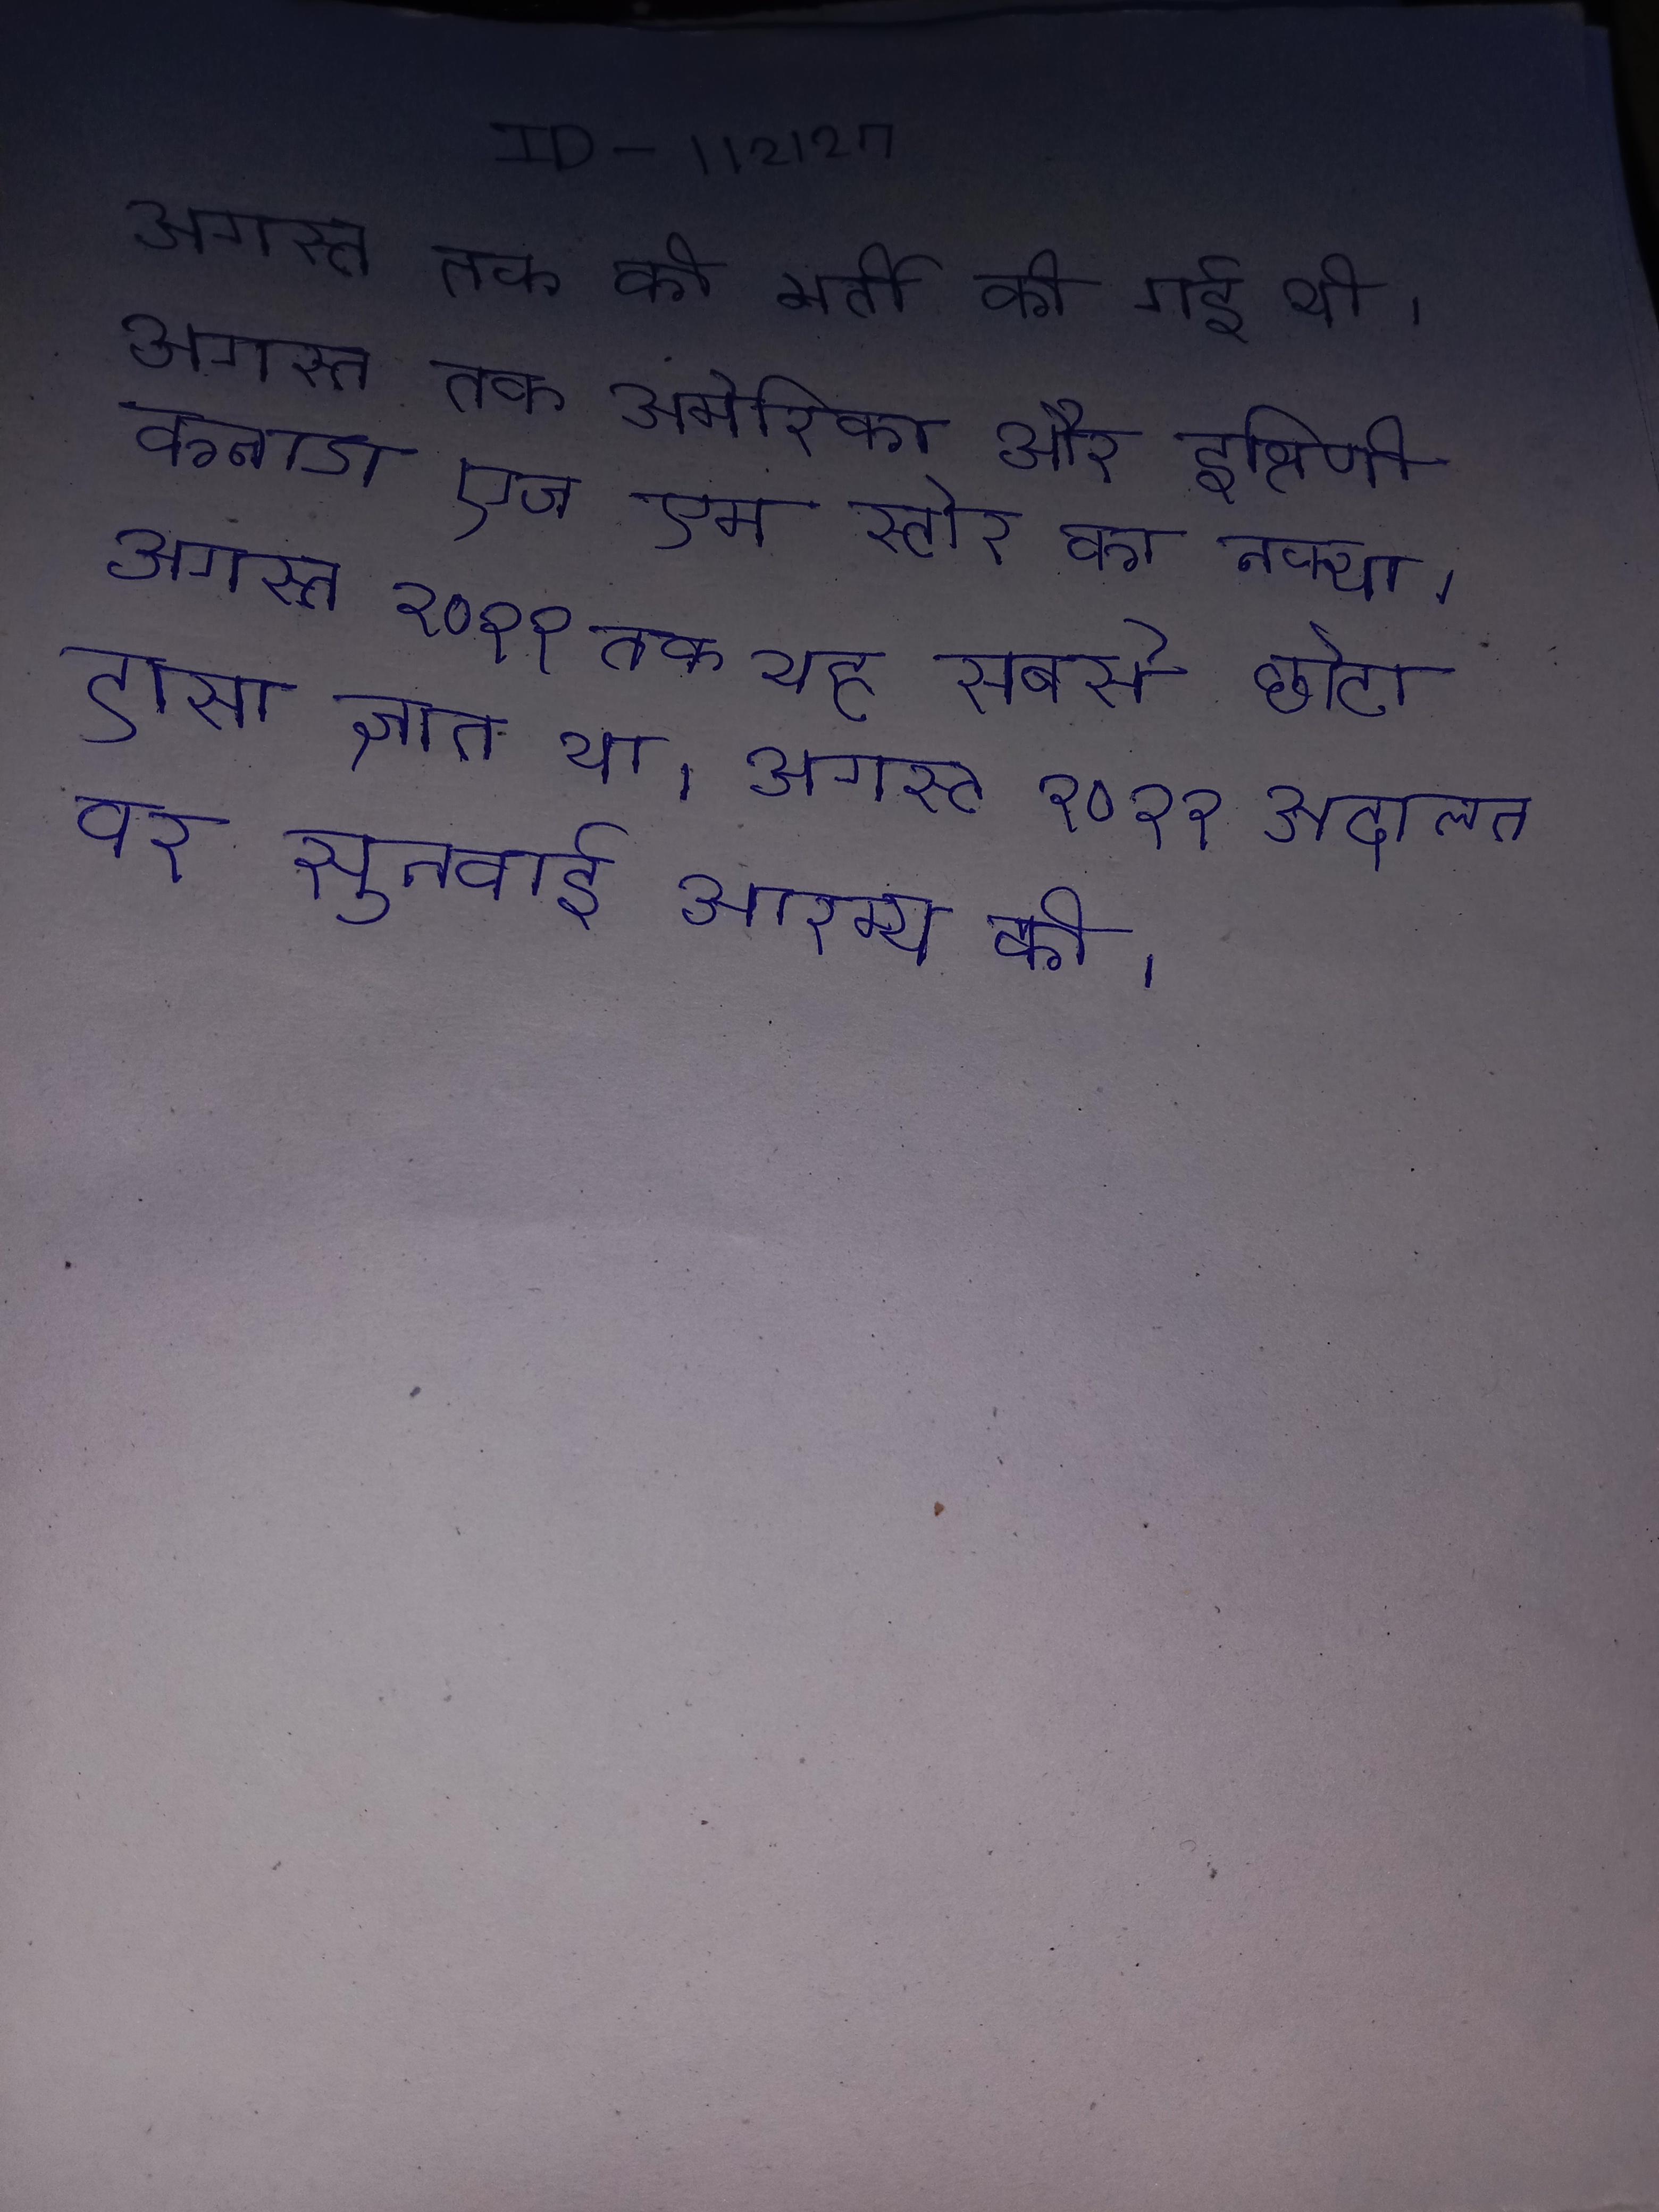
अगस्त तक की भर्ती की गई थी । अगस्त तक अमेरिका और दक्षिणी कनाडा एच एम स्टोर का नक्शा । अगस्त २०११ तक यह सबसे छोटा ऐसा ज्ञात ग्रह था । अगस्त २०११ अदालत ने कराची लक्ष्यित पर सुनवाई आरम्भ की ।